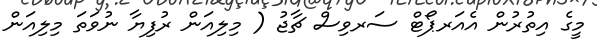
މީގެ އިތުރުން އެއަރޕޯޓް ސަރވިސް ޗާޖު ( މިލިއަން ރުފިޔާ ނުވަތަ މިލިއަން